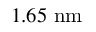
1 . 6 5 \ \mathrm { n m }